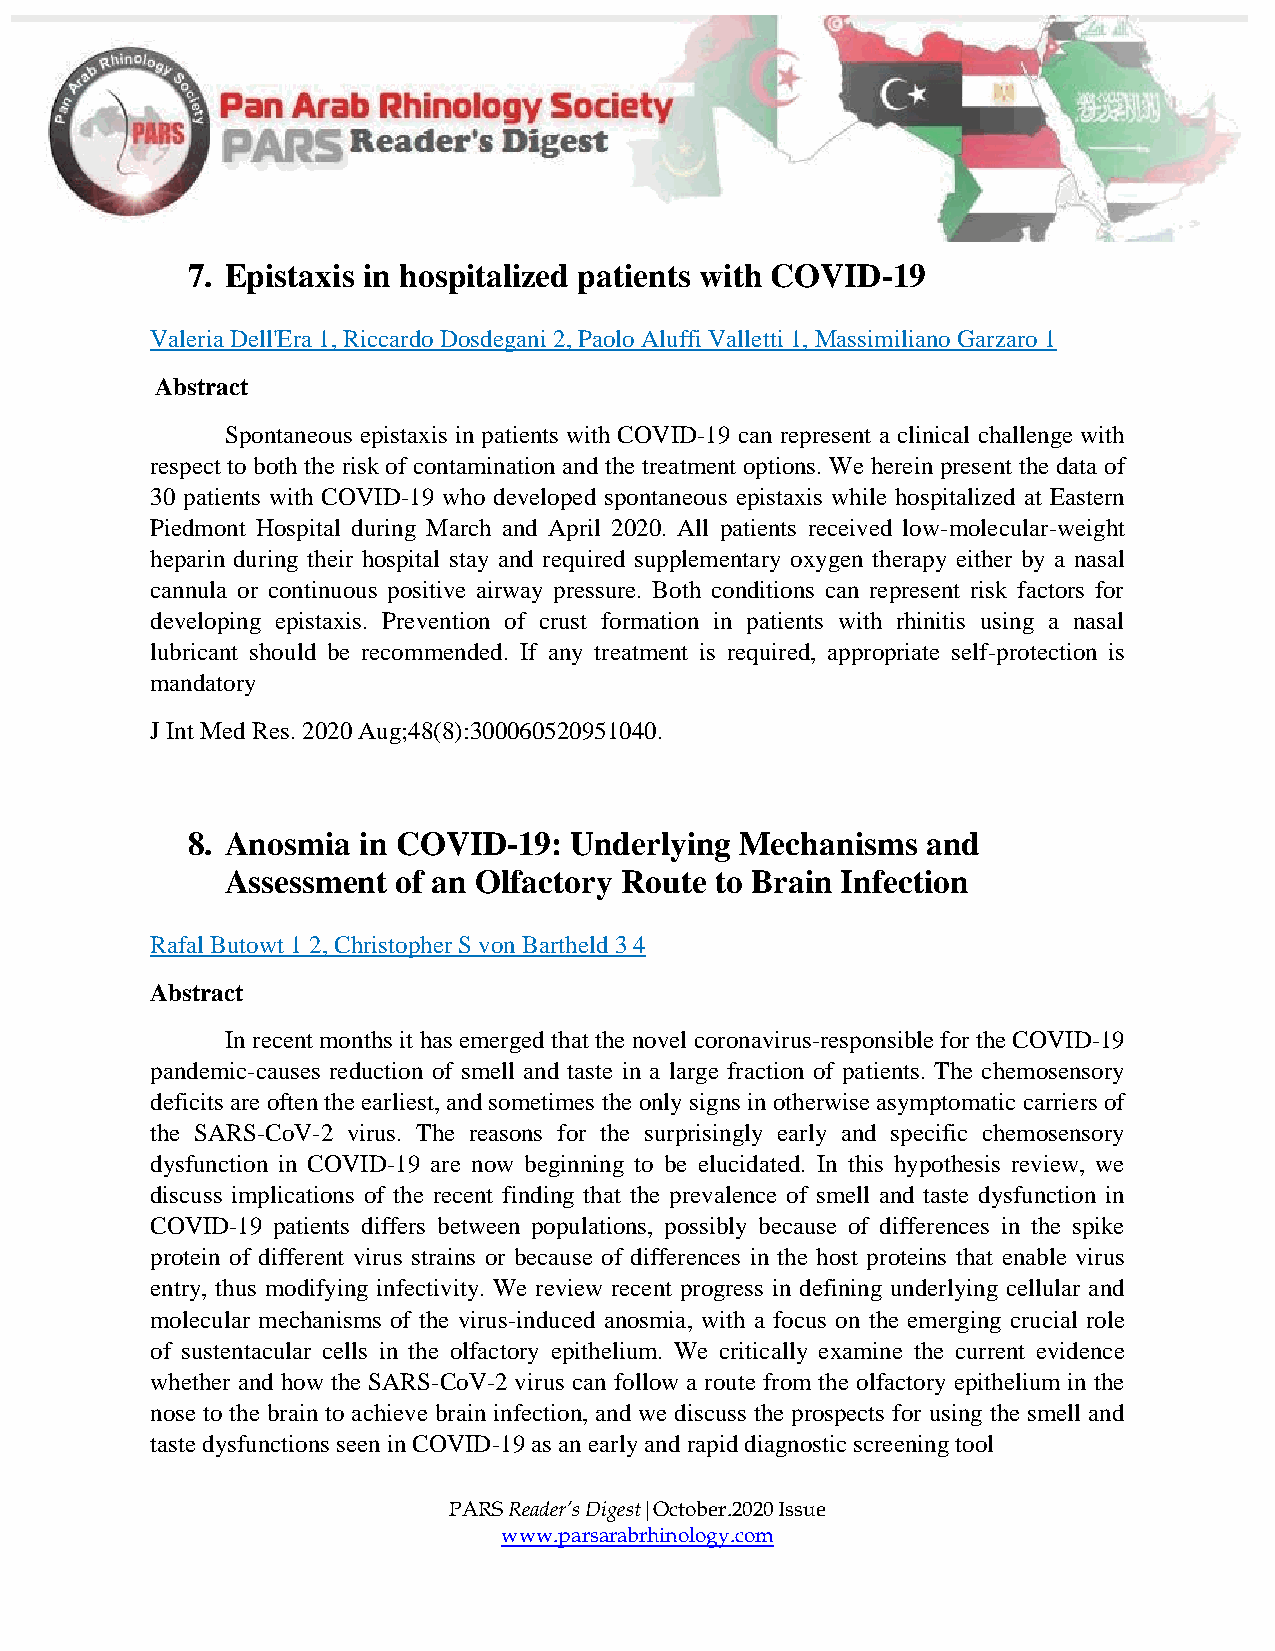
7. Epistaxis in hospitalized patients with COVID-19
 Valeria Dell'Era 1, Riccardo Dosdegani 2, Paolo Aluffi Valletti 1, Massimiliano Garzaro 1
 Abstract
 Spontaneous epistaxis in patients with COVID-19 can represent a clinical challenge with
 respect to both the risk of contamination and the treatment options. We herein present the data of
 30 patients with COVID-19 who developed spontaneous epistaxis while hospitalized at Eastern
 Piedmont Hospital during March and April 2020. All patients received low-molecular-weight
 heparin during their hospital stay and required supplementary oxygen therapy either by a nasal
 cannula or continuous positive airway pressure. Both conditions can represent risk factors for
 developing epistaxis. Prevention of crust formation in patients with rhinitis using a nasal
 lubricant should be recommended. If any treatment is required, appropriate self-protection is
 mandatory
 J Int Med Res. 2020 Aug;48(8):300060520951040.
 8. Anosmia  in COVID-19:  Underlying Mechanisms  and
 Assessment of an Olfactory Route to Brain Infection
 Rafal Butowt 1 2, Christopher S von Bartheld 3 4
 Abstract
 In recent months it has emerged that the novel coronavirus-responsible for the COVID-19
 pandemic-causes reduction of smell and taste in a large fraction of patients. The chemosensory
 deficits are often the earliest, and sometimes the only signs in otherwise asymptomatic carriers of
 the SARS-CoV-2 virus. The reasons for the surprisingly early and specific chemosensory
 dysfunction in COVID-19 are now beginning to be elucidated. In this hypothesis review, we
 discuss implications of the recent finding that the prevalence of smell and taste dysfunction in
 COVID-19 patients differs between populations, possibly because of differences in the spike
 protein of different virus strains or because of differences in the host proteins that enable virus
 entry, thus modifying infectivity. We review recent progress in defining underlying cellular and
 molecular mechanisms of the virus-induced anosmia, with a focus on the emerging crucial role
 of sustentacular cells in the olfactory epithelium. We critically examine the current evidence
 whether and how the SARS-CoV-2 virus can follow a route from the olfactory epithelium in the
 nose to the brain to achieve brain infection, and we discuss the prospects for using the smell and
 taste dysfunctions seen in COVID-19 as an early and rapid diagnostic screening tool
 PARS Reader’s Digest|October.2020 Issue
 www.parsarabrhinology.com